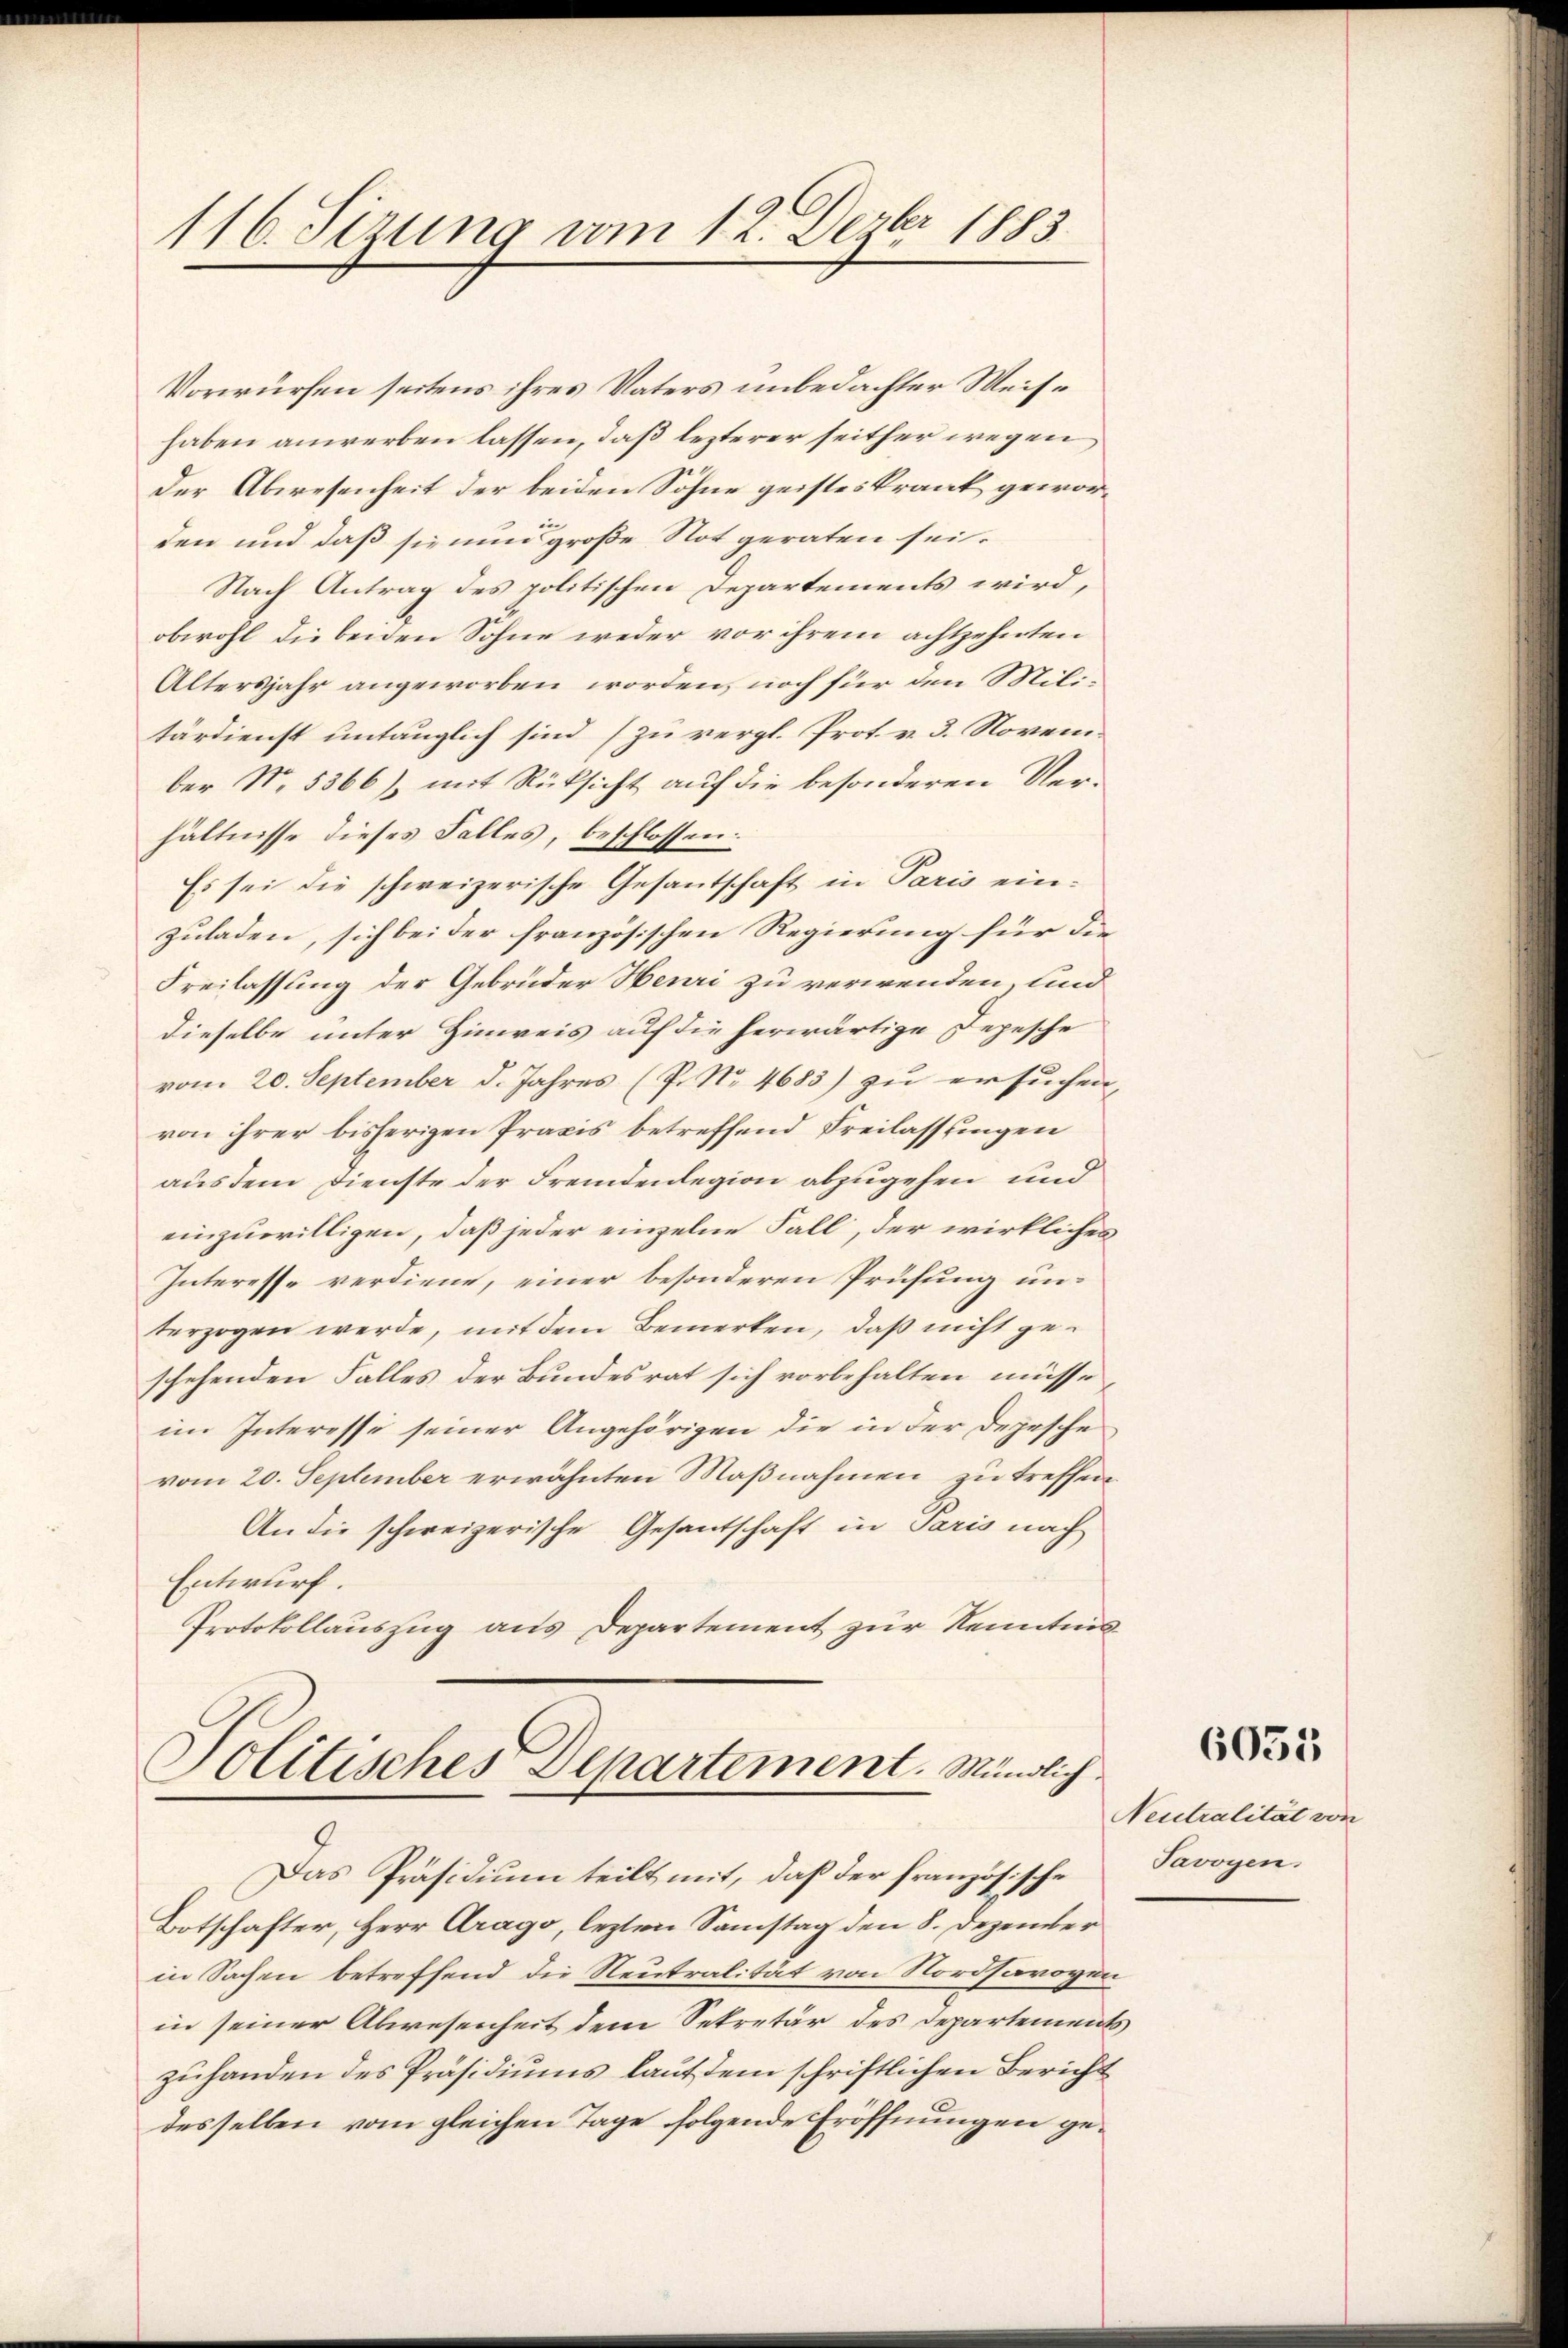
116. Sizung vom 12. Dezbr 1883.

Vorwürfen seitens ihres Vaters unbedachter Weishaben anwerben lassen, daß lezterer seither wegen
Der Abwesenheit der beiden Söhne geistes krank geworin
den und daß sie nun große Not geraten sei.
Nach Antrag des politischen Departements wird,
obwohl die beiden Sohne weder vor ihrem achtzehnten
Altersjahr angeworben worden, noch für den Militärdienst untänglich sind (zu vergl. Prot. v. 3. Novem
ber No. 5366), mit Rüksicht auf die besonderen Ver-
hältnisse dieses Falles, beschlossen:
Es sei die schweizerische Gesantschaft in Paris einzuladen, sich bei der französischen Regierung für die
Freilassung der Gebrüder Henri zu verwenden, sind
dieselbe unter Hinweis auf die herwärtige Depesche
vom 20. September d. Jahres (P. Nr. 4683) zu ersuchen,
von ihrer bisherigen Praxis betreffend Freilassungen
aus dem Dienste der Fremdenlegion abzugehen und
einzuwilligen, daß jeder einzelne Fall, der wirkliches
Interesse verdiene, einer besonderen Prüfung unterzogen werde, mit dem Bemerken, daß nicht geschehenden Falles der Bundesrat sich vorbehalten müsse
im Interesse seiner Angehörigen die in der Depesche
vom 20. September erwähnten Maßnahmen zu treffen
An die schweizerische Gesantschaft in Paris nach
Entwurf.
Protokollauszug aus Departement zur Kenntnis¬

Politisches Departement. Mündlich.

Das Präsidium teilt mit, daß der französische
Botschafter, Herr Arago, lezten Samstag den 8. Dezember
in Sachen betreffend die Neutralität von Nordsavoyen
in seiner Abwesenheit dem Sekretär des Departements
zuhanden des Präsidiums laut dem schriftlichen Bericht
desselben vom gleichen Tage folgende Eröffnungen ge¬

6035

Neutralität von
Tavoyen.